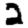
Digit: 2